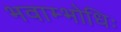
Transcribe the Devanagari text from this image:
भवाम्भोधिः